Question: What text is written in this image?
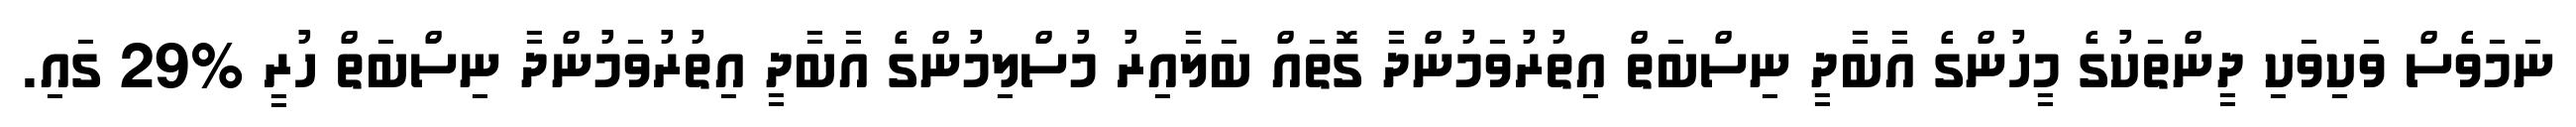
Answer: ނަމަވެސް ވަކިވަކި ދީންތަކުގެ މީހުންގެ އާބާދީ ނިސްބަތް އިތުރުވަމުންދާ ގޮތައް ބަލާއިރު މުސްލިމުންގެ އާބާދީ އިތުރުވަމުންދާ ނިސްބަތް ހުރީ %29 ގައި.